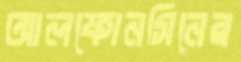
আলফোনসিনের